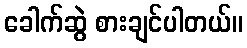
ခေါက်ဆွဲ စားချင်ပါတယ်။